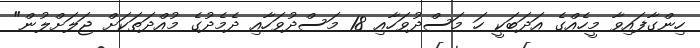
ހިންގާފައިވާ މީހެއްގެ އަދަބަކީ ހަ މަސްދުވަހާއި 18 މަސްދުވަހާއި ދެމެދުގެ މުއްދަތަކަށް ޖަލަށްލުން"